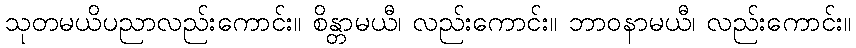
သုတမယိပညာလည်းကောင်း။ စိန္တာမယီ၊ လည်းကောင်း။ ဘာဝနာမယီ၊ လည်းကောင်း။